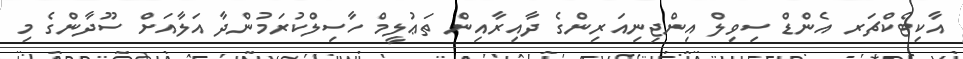
އާކިޓެކްޗަރ އެންޑް ސިވިލް އިންޖިނިއަރިންގެ ދާއިރާއިން ތަޢުލީމް ހާސިލްކުރަމުންދާ އަލާއަށް ސޫދާންގެ މި